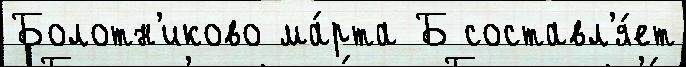
Болотн'иково ма́рта Б составл'я́ет